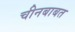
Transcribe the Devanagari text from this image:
चीनबाबत